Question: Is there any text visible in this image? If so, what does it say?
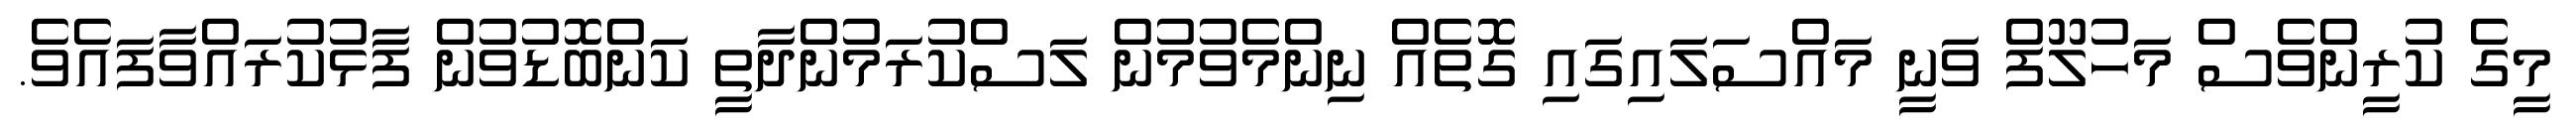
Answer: މީގެ ކުރީންވެސް މަހުލޫފް ވަނީ މައްސަލައިގައި ގޮތެއް ނިންމެވުމުން ލަސްކުރަމުންދާތީ ކަންބޮޑުވުން ފާޅުކުރައްވާފައެވެ.